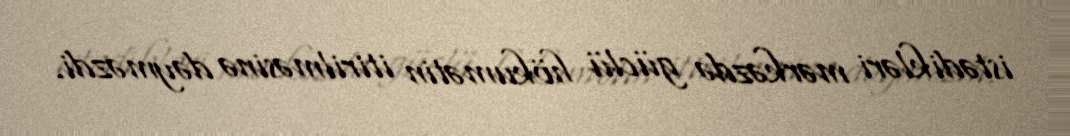
istədikləri mərkəzdə güclü hökumətin itirilməsinə dəyməzdi.